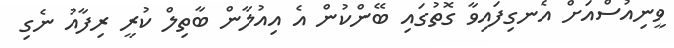
ވީނިއުސްއަށް އެނގިފައިވާ ގޮތުގައި ބޭންކުން އެ އިއުލާން ބާތިލް ކުރީ ރިފާއު ނެގި